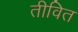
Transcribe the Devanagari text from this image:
तीवित